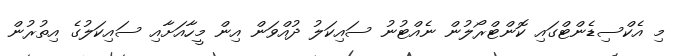
މި އެކްސިޑެންޓްގައި ކޮންޓްރޯލުން ނެއްޓުނު ސައިކަލު ދުއްވަން އިން މީހާއަށާއި ސައިކަލުގެ އިތުރުން